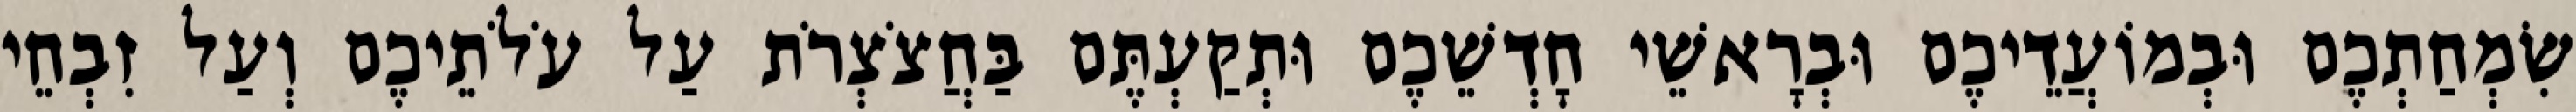
שִׂמְחַתְכֶם וּבְמוֹעֲדֵיכֶם וּבְרָאשֵׁי חָדְשֵׁכֶם וּתְקַעְתֶּם בַּחֲצֹצְרֹת עַל עֹלֹתֵיכֶם וְעַל זִבְחֵי